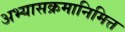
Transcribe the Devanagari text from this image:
अभ्यासक्रमानिमित्त